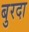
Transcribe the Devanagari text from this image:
बुरदा